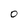
Character: 0